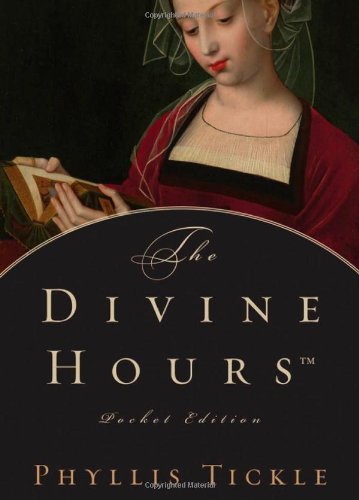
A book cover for The Divine Hours, Pocket Edition; Phyllis Tickle; Christian Books & Bibles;